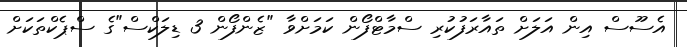
އެސޫސް އިން އަލަށް ތައާރަފުކުރި ސްމާޓްފޯން ކަމަށްވާ "ޒެންފޯން 3 ޑިލަކްސް"ގެ ސްޕެކްތަކަށް